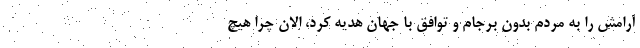
آرامش را به مردم بدون برجام و توافق با جهان هدیه کرد، الان چرا هیچ